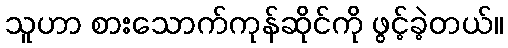
သူဟာ စားသောက်ကုန်ဆိုင်ကို ဖွင့်ခဲ့တယ်။